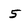
Character: 5